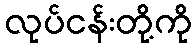
လုပ်ငန်းတို့ကို